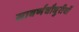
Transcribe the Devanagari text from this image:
सावर्णचौधुरीयों